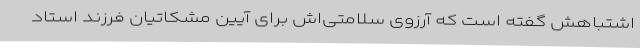
اشتباهش گفته است که آرزوی سلامتی‌اش برای آیین مشکاتیان فرزند استاد